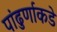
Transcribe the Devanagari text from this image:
पांढुर्णाकडे